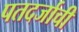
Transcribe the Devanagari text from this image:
पतदर्जाची